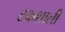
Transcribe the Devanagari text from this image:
टकशाली